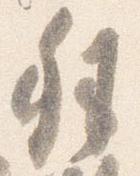
殊